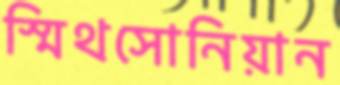
স্মিথসোনিয়ান